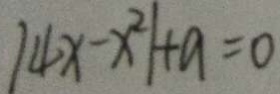
\vert 4 x - x ^ { 2 } \vert + a = 0